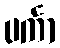
ပင်္ကာ